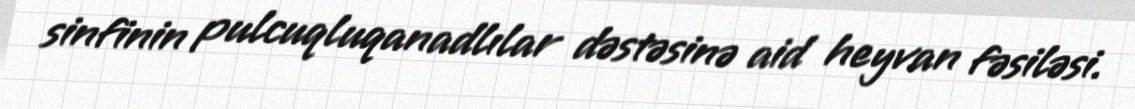
sinfinin pulcuqluqanadlılar dəstəsinə aid heyvan fəsiləsi.